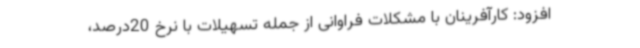
افزود: کارآفرینان با مشکلات فراوانی از جمله تسهیلات با نرخ 20درصد،